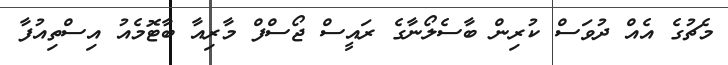
މެޗުގެ އެއް ދުވަސް ކުރިން ބާސެލޯނާގެ ރައީސް ޖޯސްފް މާރިއާ ބާޓޮމެއު އިސްތިއުފާ